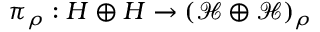
\pi _ { \rho } : { \cal H } \oplus { \cal H } \to ( \mathcal { H } \oplus \mathcal { H } ) _ { \rho }